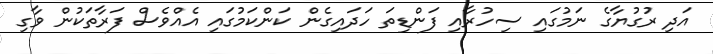
އަދި ރުގުޔާގެ ނަމުގައި ސިހުރާއި ފަންޑިތަ ހަދައިގެން ކަންކަމުގައި އެއްވެސް ފަރާތަކުން ވާގި